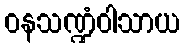
ဝနသဏ္ဍံဝါသာယ